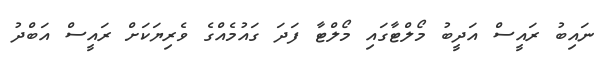
ނައިބު ރައީސް އަދީބު މޯލްޓާގައި މޯލްޓާ ފަދަ ގައުމެއްގެ ވެރިޔަކަށް ރައީސް އަބްދު